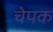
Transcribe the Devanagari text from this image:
चेपक